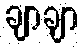
ချာချာ